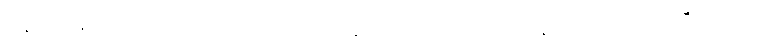
ခန့်) အရှည်ရှိတဲ့ ယာရာ ဘာ့ခ်ကလန့် သင်္ဘောကို မာလိန်မှူး ဆဗန် အိုးဒီဂါ့ဒ်က